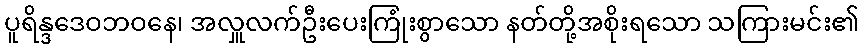
ပူရိန္ဒဒေဝဘဝနေ၊ အလှူလက်ဦးပေးကြုံးစွာသော နတ်တို့အစိုးရသော သကြားမင်း၏